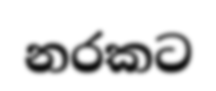
නරකට